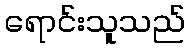
ရောင်းသူသည်